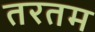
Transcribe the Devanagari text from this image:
तरतम